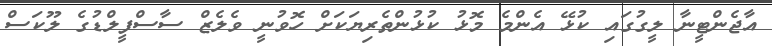
އާޖެންޓީނާ ލީގުގައި ކުޅޭ އެންމެ މޮޅު ކުޅުންތެރިޔަކަށް ހޮވުނީ ވެލެޒް ސާސްފީލްޑުގެ ލޫކަސް